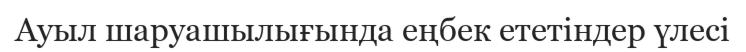
Ауыл шаруашылығында еңбек ететіндер үлесі